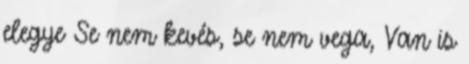
elegye Se nem kevés, se nem vega, Van is